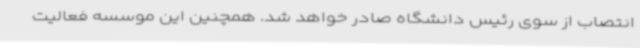
انتصاب از سوی رئیس دانشگاه صادر خواهد شد. همچنین این موسسه فعالیت